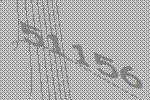
51156